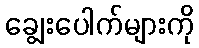
ချွေးပေါက်များကို